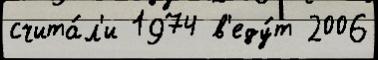
счита́л'и 1974 в'еду́т 2006